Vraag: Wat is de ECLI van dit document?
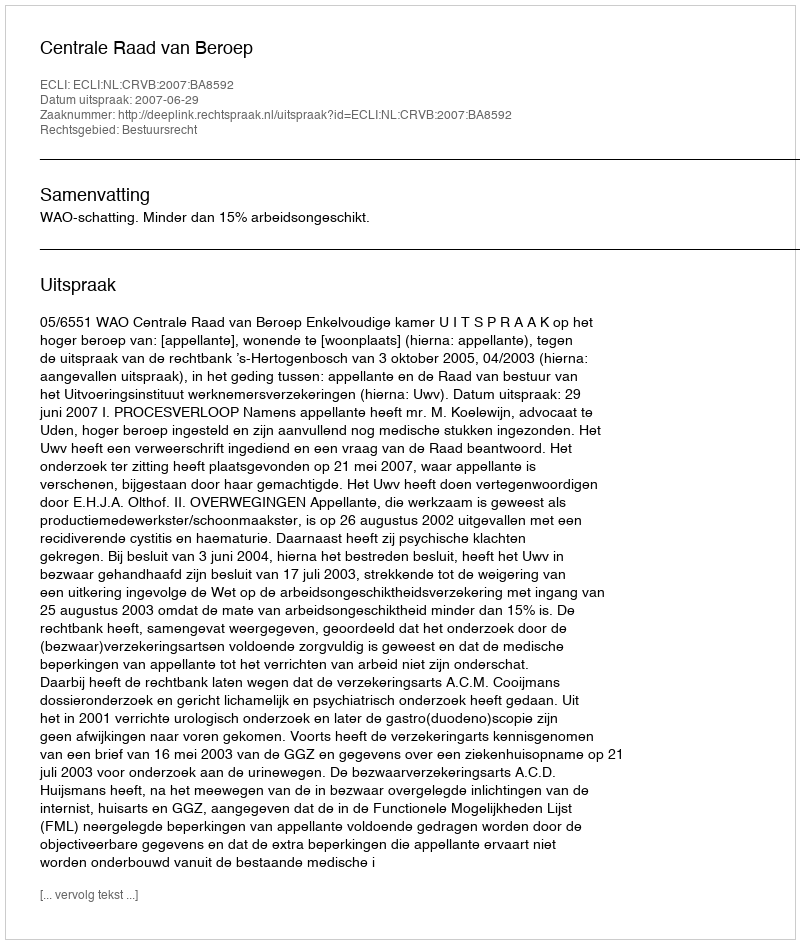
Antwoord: ECLI:NL:CRVB:2007:BA8592